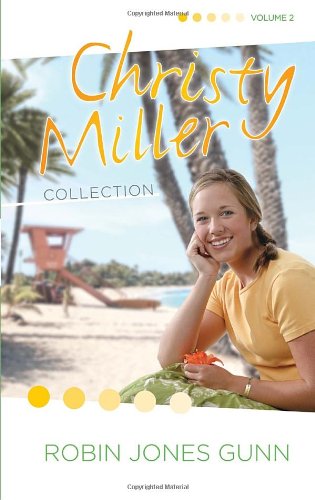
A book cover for Christy Miller Collection, Vol. 2: Surprise Endings / Island Dreamer / A Heart Full of Hope (Books 4-6); Robin Jones Gunn; Teen & Young Adult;